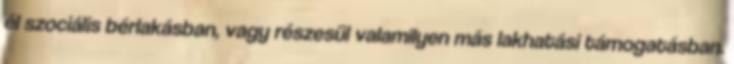
él szociális bérlakásban, vagy részesül valamilyen más lakhatási támogatásban.